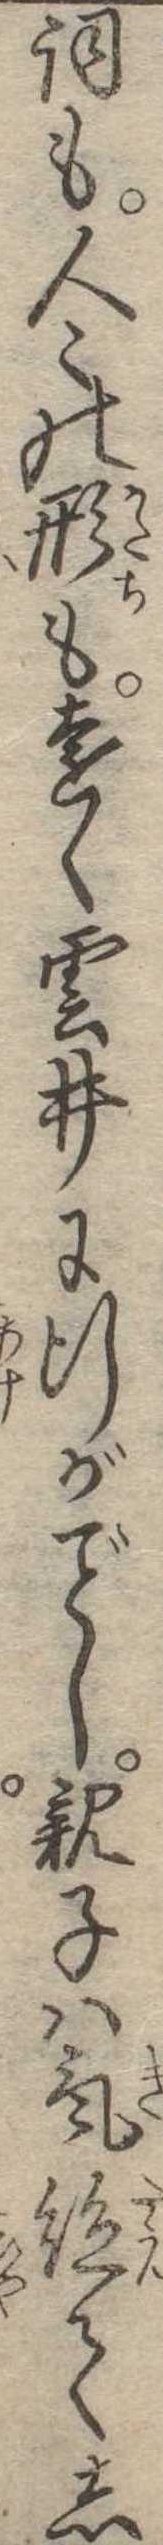
詞も人の形も遠く雲井に行がし親子は気絶てし